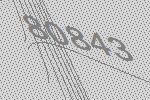
80843